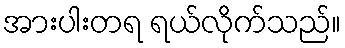
အားပါးတရ ရယ်လိုက်သည်။